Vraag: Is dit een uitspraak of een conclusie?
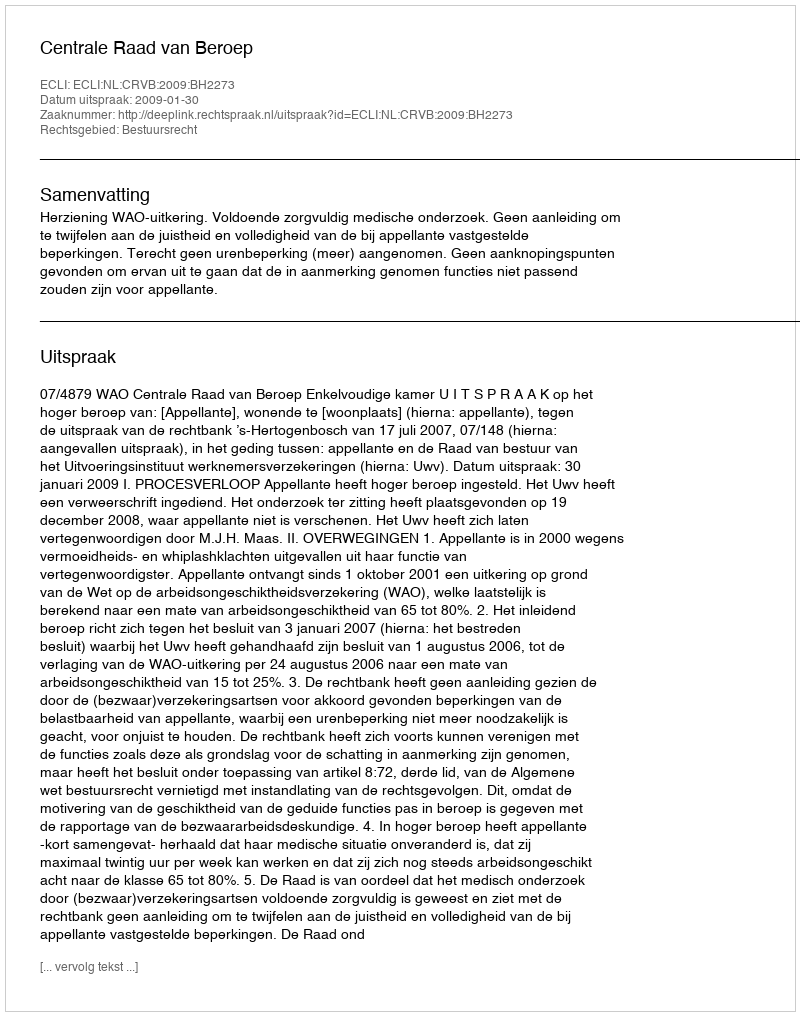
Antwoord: Uitspraak